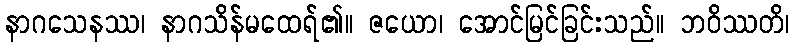
နာဂသေနဿ၊ နာဂသိန်မထေရ်၏။ ဇယော၊ အောင်မြင်ခြင်းသည်။ ဘဝိဿတိ၊